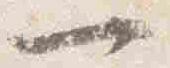
一